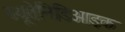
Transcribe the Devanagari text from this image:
ब्यूतेनिडिओइक